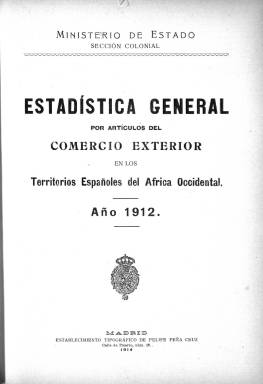
Título: Estadística general por artículos del comercio exterior en los territorios españoles del África Occidental
Otros títulos: Título: Estadística general del comercio interior y exterior en los territorios españoles del Golfo de Guinea, 1914
Colección: África || Anuarios e informes || Economía
Ámbito geográfico: Madrid
Lugar de publicación: Madrid
Fechas: 01/01/1912-31/12/1917